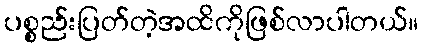
ပစ္စည်းပြတ်တဲ့အထိကိုဖြစ်လာပါတယ်။